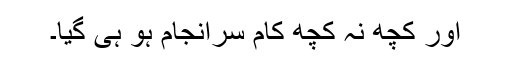
اور کچھ نہ کچھ کام سرانجام ہو ہی گیا۔